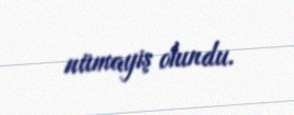
nümayiş olundu.